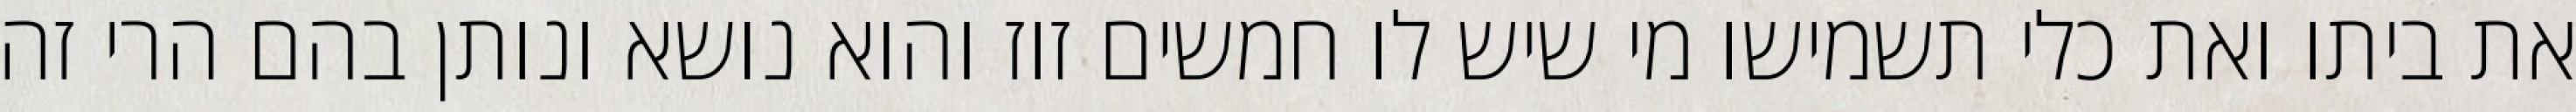
את ביתו ואת כלי תשמישו מי שיש לו חמשים זוז והוא נושא ונותן בהם הרי זה